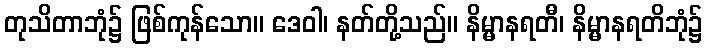
တုသိတာဘုံ၌ ဖြစ်ကုန်သော။ ဒေဝါ၊ နတ်တို့သည်။ နိမ္မာနရတီ၊ နိမ္မာနရတိဘုံ၌